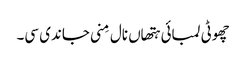
چھوٹی لمبائی ہتھاں نال مِنی جاندی سی۔